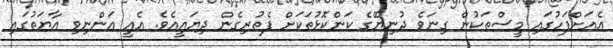
އެއަށްފަހުގައި މީސްތަކުން ގިނަވެ ދުނިޔޭގެ ކަންކޮޅުތަކަށް ފެތުރިގެން ދިޔައީއެވެ. އެއީ އަންނިވި އާޔަތުގައި